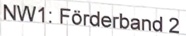
Text: NW1: Förderband 2